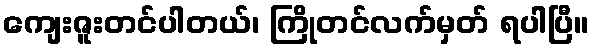
ကျေးဇူးတင်ပါတယ်၊ ကြိုတင်လက်မှတ် ရပါပြီ။